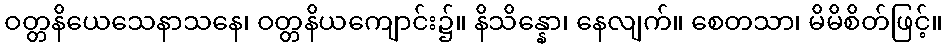
ဝတ္တနိယေသေနာသနေ၊ ဝတ္တနိယကျောင်း၌။ နိသိန္နော၊ နေလျက်။ စေတသာ၊ မိမိစိတ်ဖြင့်။